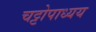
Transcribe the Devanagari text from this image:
चट्टोपाध्यय